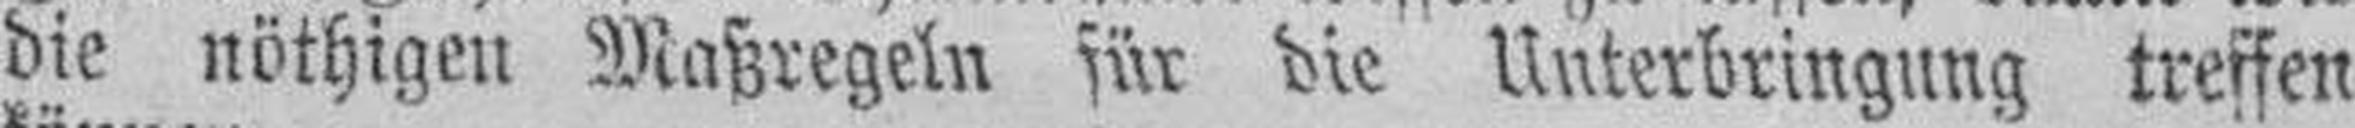
die nöthigen Maßregeln für die Unterbringung treffen